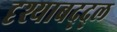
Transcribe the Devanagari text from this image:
दृश्याबद्द्ल